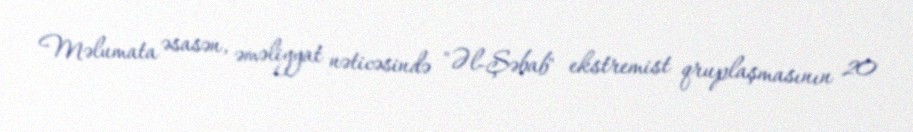
Məlumata əsasən, əməliyyat nəticəsində "Əl-Şəbab" ekstremist qruplaşmasının 20